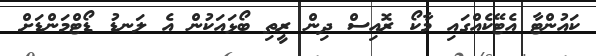
ކައުންޓާ އެޓޭކެއްގައި މާކޯ ރޮއިސް ދިން ރީތި ބޯޅައަކުން އެ ލަނޑު ޑޯޓްމަންޑަށް